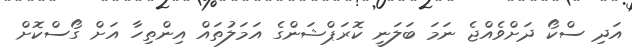
އަދި ސްކޯ ދަށްވެއްޖެ ނަމަ ބަލަނީ ކޮރަޕްޝަންގެ އަމަލުތައް އިންތިހާ އަށް ގޯސްކޮށް